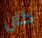
كان